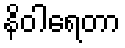
နိဝါရေတာ